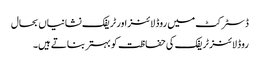
ڈسٹرکٹ میں روڈ لائنز اور ٹریفک نشانیاں بحال
روڈ لائنز ٹریفک کی حفاظت کو بہتر بناتے ہیں۔